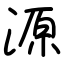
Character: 源